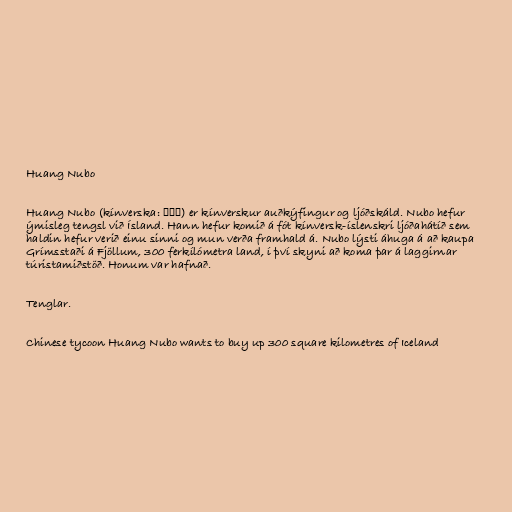
Huang Nubo

Huang Nubo (kínverska: 黄怒波) er kínverskur auðkýfingur og ljóðskáld. Nubo hefur
ýmisleg tengsl við Ísland. Hann hefur komið á fót kínversk-íslenskri ljóðahátíð sem
haldin hefur verið einu sinni og mun verða framhald á. Nubo lýsti áhuga á að kaupa
Grímsstaði á Fjöllum, 300 ferkílómetra land, í því skyni að koma þar á laggirnar
túristamiðstöð. Honum var hafnað.

Tenglar.

Chinese tycoon Huang Nubo wants to buy up 300 square kilometres of Iceland